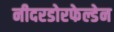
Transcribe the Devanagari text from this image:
नीदरडोरफेल्डेन